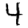
Digit: 4